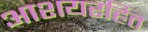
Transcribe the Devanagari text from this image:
आशयरहित